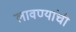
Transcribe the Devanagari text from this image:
लावण्यांची